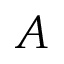
A